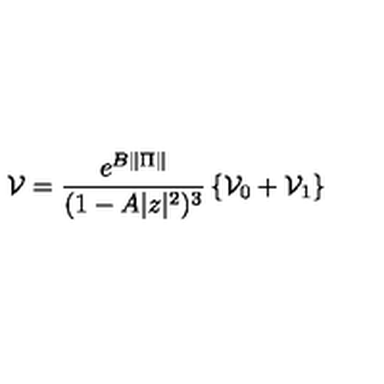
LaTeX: \mathcal { V } = \frac { e ^ { B \| \Pi \| } } { ( 1 - A | z | ^ { 2 } ) ^ { 3 } } \left\{ \mathcal { V } _ { 0 } + \mathcal { V } _ { 1 } \right\}